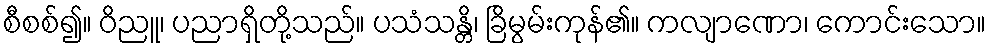
စီစစ်၍။ ဝိညူ၊ ပညာရှိတို့သည်။ ပသံသန္တိ၊ ခြိမွမ်းကုန်၏။ ကလျာဏော၊ ကောင်းသော။